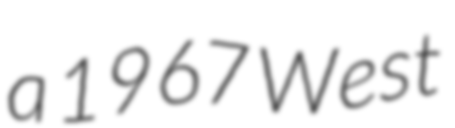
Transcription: a 1967 West